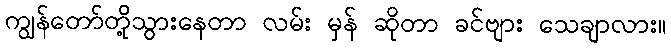
ကျွန်တော်တို့သွားနေတာ လမ်း မှန် ဆိုတာ ခင်ဗျား သေချာလား။